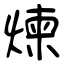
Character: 煉